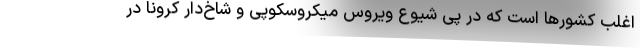
اغلب کشورها است که در پی شیوع ویروس میکروسکوپی و شاخ‌دار کرونا در